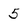
Character: 5